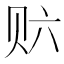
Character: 𲂽